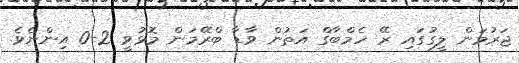
ޖަރުމަން ލީގުގައި ރޭ ހެމްބާގް އަތުން ވާޑާ ބްރޭމަން މޮޅުވީ 2-0 އިންނެވެ.